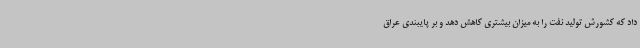
داد که کشورش تولید نفت را به میزان بیشتری کاهش دهد و بر پایبندی عراق